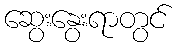
ဆွေးနွေးရာတွင်